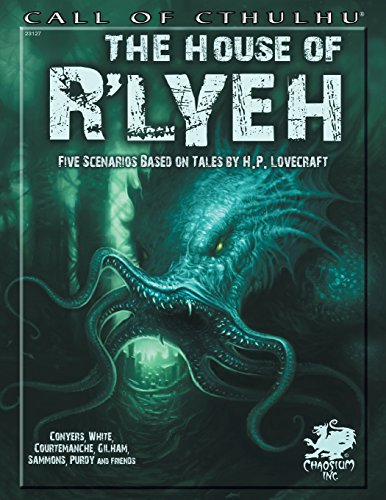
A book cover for The House of R'lyeh: Five Scenarios Based on Tales by H.P. Lovecraft (Call of Cthulhu roleplaying); Brian Courtemanche; Science Fiction & Fantasy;